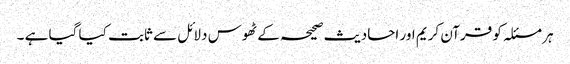
ہر مسئلہ کو قرآن کریم اور احادیث صحیحہ کے ٹھوس دلائل سے ثابت کیا گیا ہے ۔